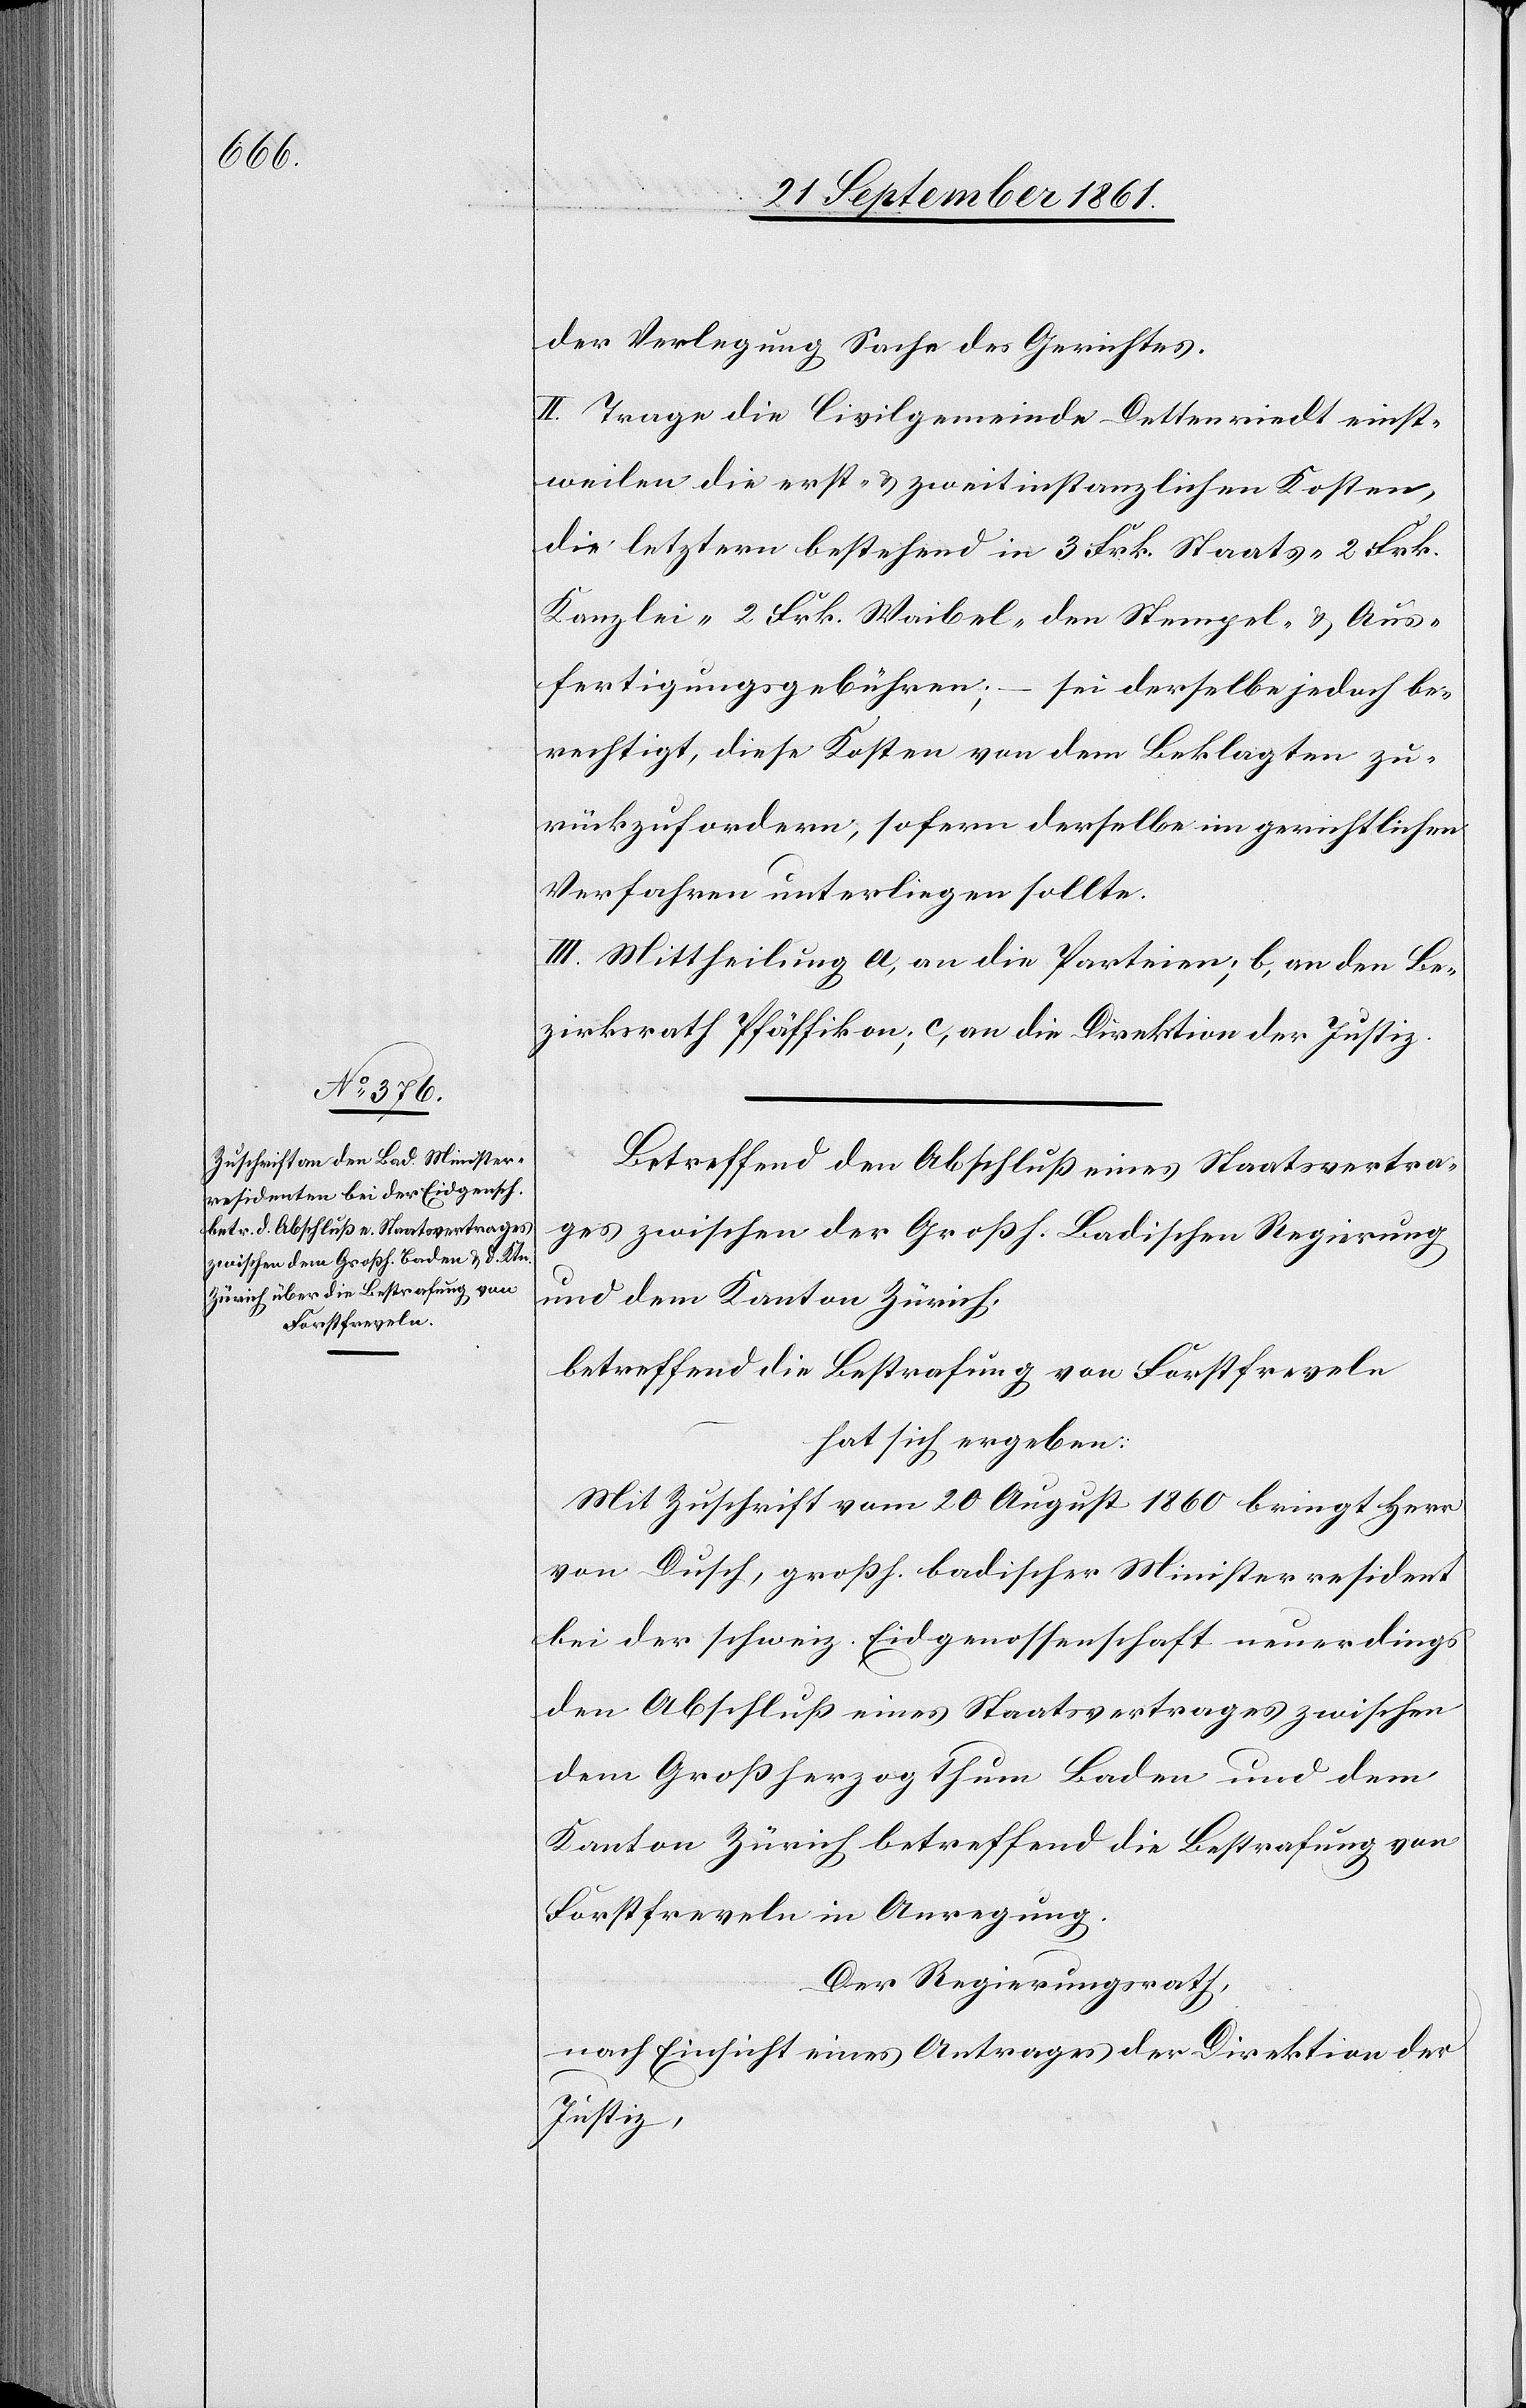
der Verlegung Sache des Gerichtes.
II. Trage die Civilgemeinde Dettenriedt einst¬
weilen die erst- u. zweitinstanzlichen Kosten,
die letztern bestehend in 3 Frk. Staats-[,] 2 Frk.
Kanzlei-[,] 2 Frk. Weibel-[,] den Stempel- u. Aus¬
fertigungsgebühren; – sei derselbe jedoch be¬
rechtigt, diese Kosten von dem Beklagten zu¬
rückzufordern, sofern derselbe im gerichtlichen
Verfahren unterliegen sollte.
III. Mittheilung a, an die Parteien, b, an den Be¬
zirksrath Pfäffikon; c, an die Direktion der Justiz.
Betreffend den Abschluß eines Staatsvertra¬
ges zwischen der Großh. Badischen Regierung
und dem Kanton Zürich,
betreffend die Bestrafung von Forstfreveln
hat sich ergeben:
Mit Zuschrift vom 20 August 1860 bringt Herr
von Dusch, großh. badischer Ministerresident
bei der schweiz. Eidgenossenschaft neuerdings
den Abschluß eines Staatsvertrages zwischen
dem Großherzogthum Baden und dem
Kanton Zürich betreffend die Bestrafung von
Forstfreveln in Anregung.
Der Regierungsrath,
nach Einsicht eines Antrages der Direktion der
Justiz,